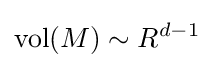
{\text{vol}}(M)\sim R^{d-1}